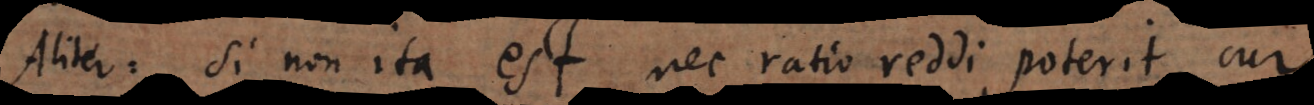
Aliter: si non ita est, nec ratio reddi poterit, cur